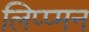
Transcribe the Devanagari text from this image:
लिप्प्मन